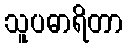
သူပဓာရိတာ